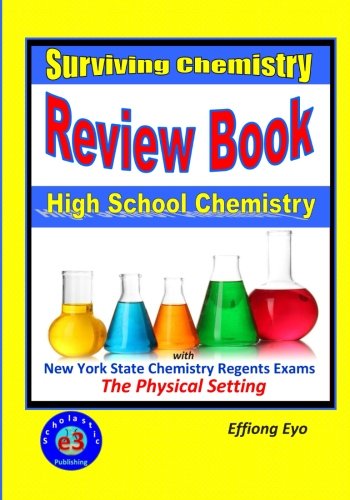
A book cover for Surviving Chemistry Review Book: High School Chemistry: 2015 Revision - with NYS Chemistry Regents Exams: The Physical Setting; Effiong Eyo; Test Preparation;